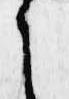
之